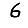
Digit: 6